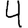
Digit: 4